画像に写った文字を読んでください
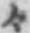
「々」と書いてあります